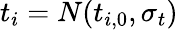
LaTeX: t_{i}=N(t_{i,0},\sigma_{t})